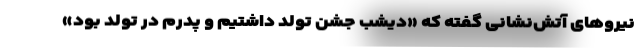
نیروهای آتش‌نشانی گفته که «دیشب جشن تولد داشتیم و پدرم در تولد بود»